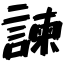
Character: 諫